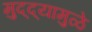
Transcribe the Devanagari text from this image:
मुद्‌द्‌यामुळे